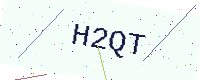
Text: H2QT